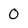
Character: 0